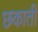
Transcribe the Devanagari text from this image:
छकाती